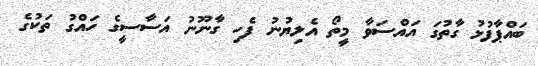
ބައްޕާފުޅު ގާތުގަ އައްސަވާ މީތޯ އެލިޔުނު ފެހި ގާނޫނު އަސާސީގެ ހައްގު ތަކުގެ